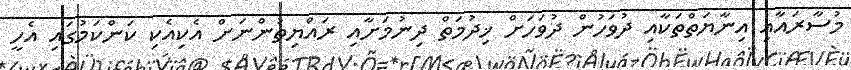
މުސާރައާއި އިނާޔަތްތަކާއި ދުވަހުން ދުވަހަށް ޚިދުމަތް ދިނުމަށާއި ރައްޔިތުންނަށް އެކިއެކި ކަންކަމުގައި އެހީ